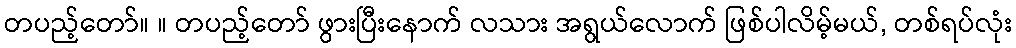
တပည့်တော်။ ။ တပည့်တော် ဖွားပြီးနောက် လသား အရွယ်လောက် ဖြစ်ပါလိမ့်မယ်, တစ်ရပ်လုံး